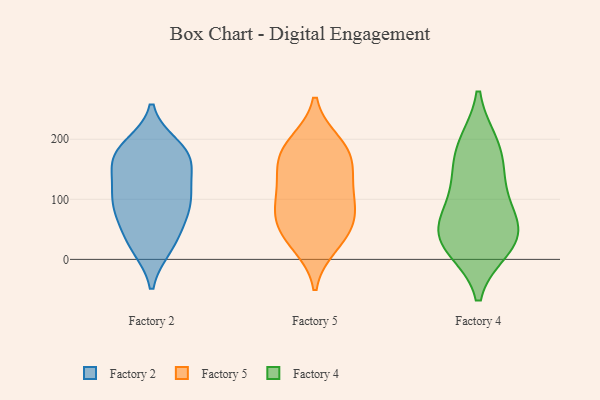
{"axis": {"x": "Humidity (%)", "y": "Value"}, "legend": ["Factory 2", "Factory 4", "Factory 5"], "data": [{"x": "", "y": 22, "type": "Factory 2"}, {"x": "", "y": 74, "type": "Factory 2"}, {"x": "", "y": 170, "type": "Factory 2"}, {"x": "", "y": 161, "type": "Factory 2"}, {"x": "", "y": 21, "type": "Factory 2"}, {"x": "", "y": 82, "type": "Factory 2"}, {"x": "", "y": 120, "type": "Factory 2"}, {"x": "", "y": 71, "type": "Factory 2"}, {"x": "", "y": 176, "type": "Factory 2"}, {"x": "", "y": 165, "type": "Factory 2"}, {"x": "", "y": 105, "type": "Factory 2"}, {"x": "", "y": 178, "type": "Factory 2"}, {"x": "", "y": 34, "type": "Factory 2"}, {"x": "", "y": 119, "type": "Factory 2"}, {"x": "", "y": 101, "type": "Factory 2"}, {"x": "", "y": 188, "type": "Factory 2"}, {"x": "", "y": 194, "type": "Factory 5"}, {"x": "", "y": 66, "type": "Factory 5"}, {"x": "", "y": 190, "type": "Factory 5"}, {"x": "", "y": 147, "type": "Factory 5"}, {"x": "", "y": 95, "type": "Factory 5"}, {"x": "", "y": 75, "type": "Factory 5"}, {"x": "", "y": 33, "type": "Factory 5"}, {"x": "", "y": 24, "type": "Factory 5"}, {"x": "", "y": 54, "type": "Factory 5"}, {"x": "", "y": 126, "type": "Factory 5"}, {"x": "", "y": 104, "type": "Factory 5"}, {"x": "", "y": 166, "type": "Factory 5"}, {"x": "", "y": 171, "type": "Factory 5"}, {"x": "", "y": 48, "type": "Factory 4"}, {"x": "", "y": 191, "type": "Factory 4"}, {"x": "", "y": 188, "type": "Factory 4"}, {"x": "", "y": 119, "type": "Factory 4"}, {"x": "", "y": 85, "type": "Factory 4"}, {"x": "", "y": 48, "type": "Factory 4"}, {"x": "", "y": 20, "type": "Factory 4"}, {"x": "", "y": 148, "type": "Factory 4"}, {"x": "", "y": 43, "type": "Factory 4"}, {"x": "", "y": 22, "type": "Factory 4"}]}